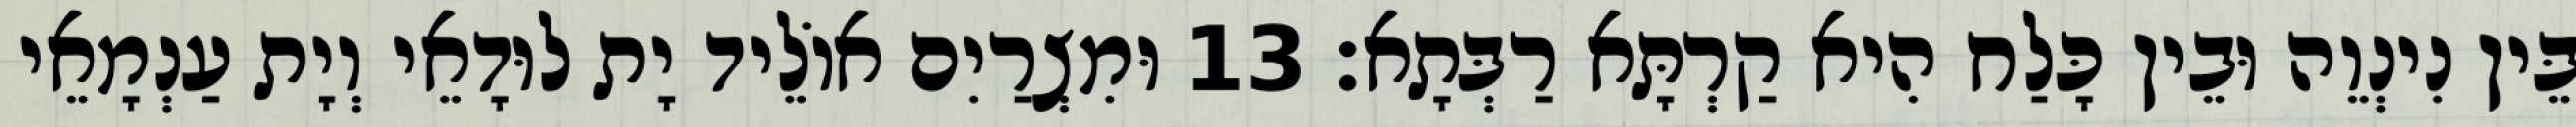
בֵּין נִינְוֵה וּבֵין כָּלַח הִיא קַרְתָּא רַבְּתָא׃ 13 וּמִצְרַיִם אוֹלֵיד יָת לוּדָאֵי וְיָת עַנְמָאֵי